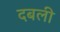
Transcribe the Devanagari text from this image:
दबली